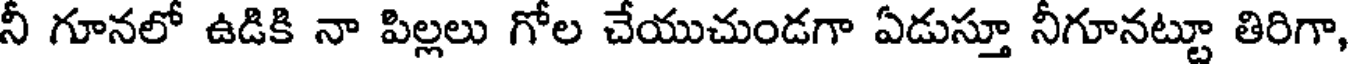
నీ గూనలో ఉడికి నా పిల్లలు గోల చేయుచుండగా ఏడుస్తూ నీగూనట్టూ తిరిగా,